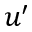
u ^ { \prime }